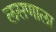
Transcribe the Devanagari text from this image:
लसणाला